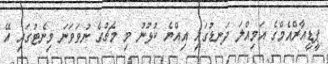
ޕީޑީއާރްއެމްގެ އަމިއްލަ ދަނޑުގައި އިއްޔެ ކުޅުނު މި މެޗުގެ ނުވަވަނަ މިނެޓުގައި އޭ